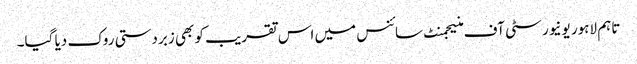
تاہم لاہور یونیورسٹی آف منیجمنٹ سائنس میں اس تقریب کو بھی زبردستی روک دیا گیا۔